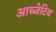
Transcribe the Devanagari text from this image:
आब्जेटिव